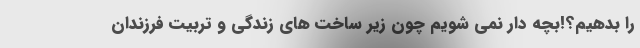
را بدهیم؟!بچه دار نمی شویم چون زیر ساخت های زندگی و تربیت فرزندان